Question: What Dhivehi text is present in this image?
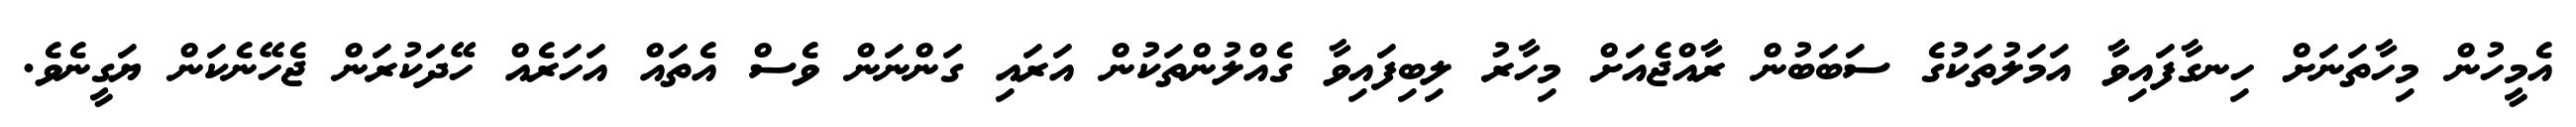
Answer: އެމީހުން މިހާތަނަށް ހިނގާފައިވާ އަމަލުތަކުގެ ސަބަބުން ރާއްޖެއަށް މިހާރު ލިބިފައިވާ ގެއްލުންތަކުން އަރައި ގަންނަން ވެސް އެތައް އަހަރެއް ހޭދަކުރަން ޖެހޭނެކަން ޔަގީނެވެ.